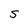
Character: S